Triennial report on the lunatic asylums in the province of Eastern Bengal and Assam - 1903-1911
Year: 1903
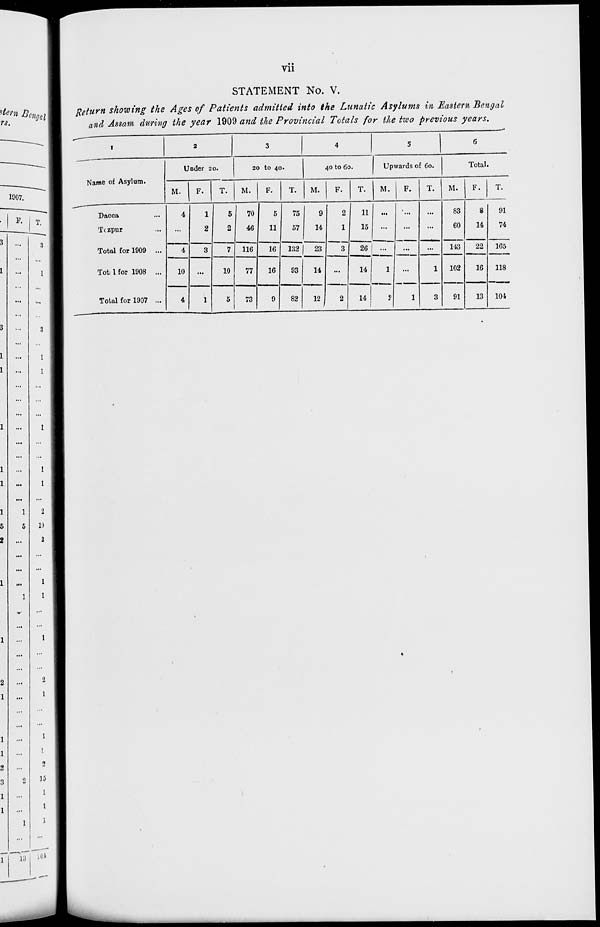
vii
STATEMENT No. V.
Return showing the Ages of Patients admitted into the Lunatic Asylums in Eastern Bengal
and Assam during the year 1909 and the Provincial Totals for the two previous years.
1
Name of Asylum.
Dacca ...
Tezpur ...
Total for 1909 ...
Total for 1908 ...
Total for 1907 ...
2
Under 20.
M.
4
...
4
10
4
F.
1
2
3
...
1
T.
5
2
7
10
5
3
20 to 40.
M.
70
46
116
77
73
F.
5
11
16
16
9
T.
75
57
132
93
82
4
40 to 60.
M.
9
14
23
14
12
F.
2
1
3
...
2
T.
11
15
26
14
14
5
Upwards of 60.
M.
...
...
...
1
2
F.
...
...
...
...
1
T.
...
...
...
1
3
6
Total.
M.
83
60
143
102
91
F.
8
14
22
16
13
T.
91
74
165
118
104